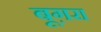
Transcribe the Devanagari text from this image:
बूग़रा